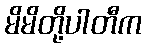
မိမိတို့ပါတီက